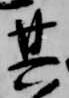
其